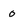
Character: 0